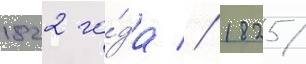
1822 го́да // 1825